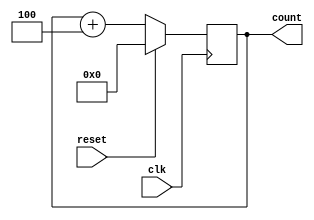
`timescale 1ns / 1ps
//////////////////////////////////////////////////////////////////////////////////
// Company: 
// Engineer: 
// 
// Design Name: 
// Module Name:    ProgramCounter 
// Project Name: 
// Target Devices: 
// Tool versions: 
// Description: 
//
// Dependencies: 
//
// Revision: 
// Revision 0.01 - File Created
// Additional Comments: 
//
//////////////////////////////////////////////////////////////////////////////////
module ProgramCounter(clk,reset,count);
input clk,reset;
output reg [15:0] count;

always@(posedge clk)begin
	if(reset)
		count=0;
	else
		count=count+4;
end

endmodule